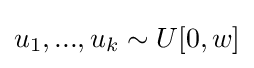
u_{1},...,u_{k}\sim U[0,w]